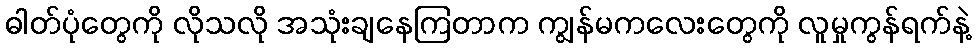
ဓါတ်ပုံတွေကို လိုသလို အသုံးချနေကြတာက ကျွန်မကလေးတွေကို လူမှုကွန်ရက်နဲ့